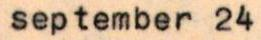
september 24